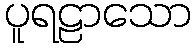
ပူရဠာသော